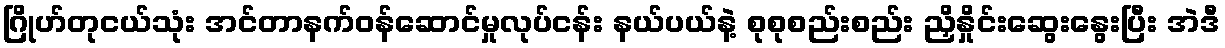
ဂြိုဟ်တုငယ်သုံး အင်တာနက်ဝန်ဆောင်မှုလုပ်ငန်း နယ်ပယ်နဲ့ စုစုစည်းစည်း ညှိနှိုင်းဆွေးနွေးပြီး အဲဒီ